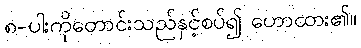
၈-ပါးကိုတောင်းသည်နှင့်စပ်၍ ဟောထား၏။